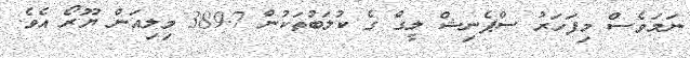
ނަމަަވެސް މިފަހަރު ސްޕެނިޝް ލީގް ގެ ކުލަބުތަކުން 389.7 މިލިއަން ޔޫރޯ އެވެ.